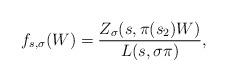
LaTeX: \begin{align*} f_{s,\sigma}(W)=\frac{Z_\sigma(s,\pi(s_2)W)}{L(s,\sigma\pi)},\end{align*}